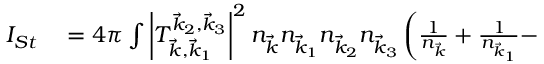
\begin{array} { r l } { I _ { S t } } & { { } = 4 \pi \int \left| T _ { \vec { k } , \vec { k } _ { 1 } } ^ { \vec { k } _ { 2 } , \vec { k } _ { 3 } } \right| ^ { 2 } n _ { \vec { k } } n _ { \vec { k } _ { 1 } } n _ { \vec { k } _ { 2 } } n _ { \vec { k } _ { 3 } } \left( \frac { 1 } { n _ { \vec { k } } } + \frac { 1 } { n _ { \vec { k } _ { 1 } } } - \right. } \end{array}